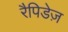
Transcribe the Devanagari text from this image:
रैपिडेज़